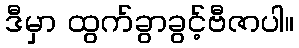
ဒီမှာ ထွက်ခွာခွင့်ဗီဇာပါ။